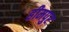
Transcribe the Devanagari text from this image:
हीमपुर